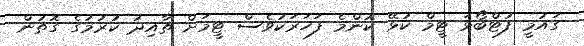
ގައުމީ ފުޓްބޯޅަ ޓީމް ކުޅޭ ކޮންމެ ފަހަރަކުވެސް ޓީމަށް ތާއިދު ކުރުމުގެ ގޮތުން